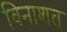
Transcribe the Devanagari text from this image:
विनाशत